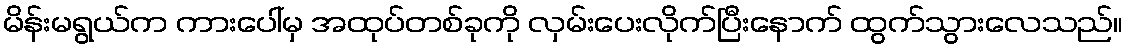
မိန်းမရွယ်က ကားပေါ်မှ အထုပ်တစ်ခုကို လှမ်းပေးလိုက်ပြီးနောက် ထွက်သွားလေသည်။